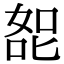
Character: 㖲